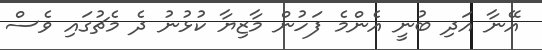
އޭނާ އަދި ބުނީ އެންމެ ފަހުން މާޒިޔާ ކުޅުނު ދެ މެޗުގައި ވެސް